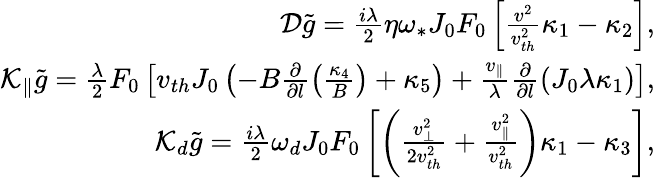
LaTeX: \begin{array}{r}{{\cal D}\tilde{g}=\frac{i\lambda}{2}\eta\omega_{\ast}J_{0}F_{0}\left[\frac{v^{2}}{v_{th}^{2}}\kappa_{1}-\kappa_{2}\right],}\\ {{\cal K}_{\| }\tilde{g}=\frac{\lambda}{2}F_{0}\left[v_{th}J_{0}\left(-B\frac{\partial}{\partial l}\left(\frac{\kappa_{4}}{B}\right)+\kappa_{5}\right)+\frac{v_{\| }}{\lambda}\frac{\partial}{\partial l}\left(J_{0}\lambda\kappa_{1}\right)\right],}\\ {{\cal K}_{d}\tilde{g}=\frac{i\lambda}{2}\omega_{d}J_{0}F_{0}\left[\left(\frac{v_{\perp}^{2}}{2v_{th}^{2}}+\frac{v_{\| }^{2}}{v_{th}^{2}}\right)\kappa_{1}-\kappa_{3}\right],}\end{array}